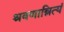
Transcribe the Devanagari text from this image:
श्रवणान्नित्यं